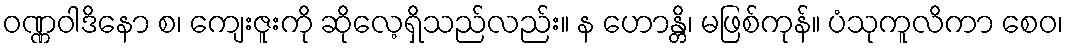
ဝဏ္ဏဝါဒိနော စ၊ ကျေးဇူးကို ဆိုလေ့ရှိသည်လည်း။ န ဟောန္တိ၊ မဖြစ်ကုန်။ ပံသုကူလိကာ စေဝ၊